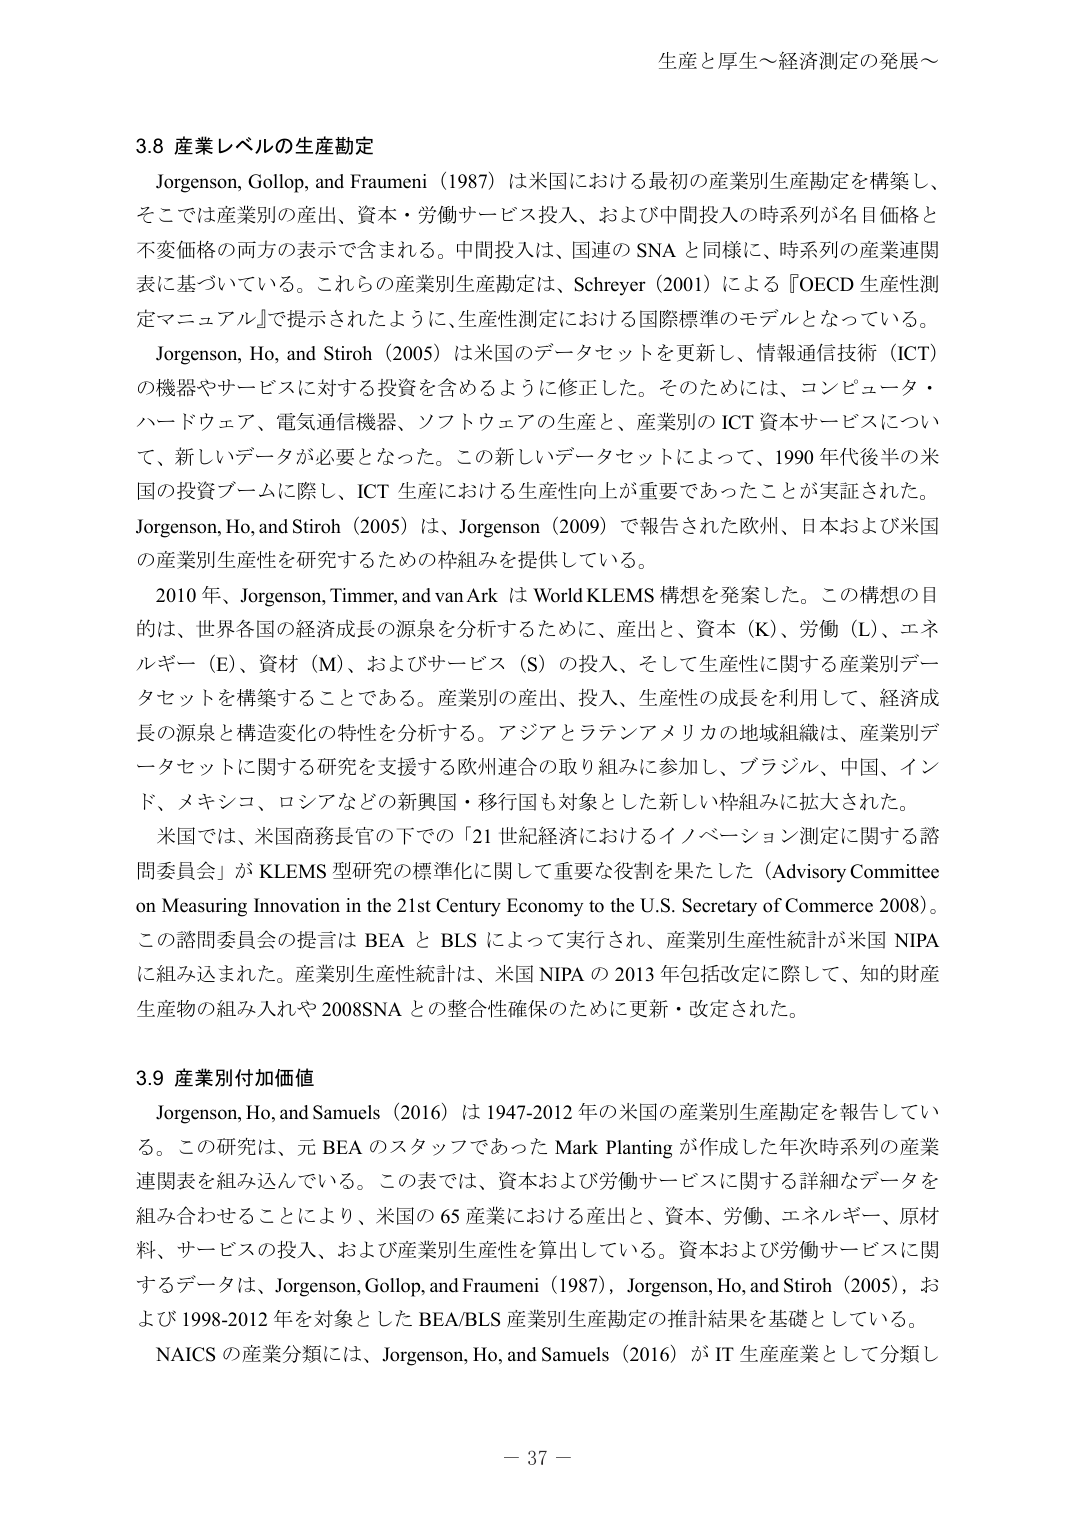
生産と厚生～経済測定の発展～

3.8 産業レベルの生産勘定

Jorgenson, Gollop, and Fraumeni (1987) は米国における最初の産業別生産勘定を構築し、
そこでは産業別の産出、資本・労働サービス投入、および中間投入の時系列が名目価格と
不変価格の両方の表示で含まれる。中間投入は、国連の SNA と同様に、時系列の産業連関
表に基づいている。これらの産業別生産勘定は、Schreyer (2001) による『OECD 生産性測
定マニュアル』で提示されたように、生産性測定における国際標準のモデルとなっている。

Jorgenson, Ho, and Stiroh (2005) は米国のデータセットを更新し、情報通信技術 (ICT)
の機器やサービスに対する投資を含めるように修正した。そのためには、コンピュータ・
ハードウェア、電気通信機器、ソフトウェアの生産と、産業別の ICT 資本サービスについ
て、新しいデータが必要となった。この新しいデータセットによって、1990 年代後半の米
国の投資ブームに際し、ICT 生産における生産性向上が重要であったことが実証された。
Jorgenson, Ho, and Stiroh (2005) は、Jorgenson (2009) で報告された欧州、日本および米国
の産業別生産性を研究するための枠組みを提供している。

2010 年、Jorgenson, Timmer, and van Ark は World KLEMS 構想を発案した。この構想の目
的は、世界各国の経済成長の源泉を分析するために、産出と、資本 (K)、労働 (L)、エネ
ルギー (E)、資材 (M)、およびサービス (S) の投入、そして生産性に関する産業別デー
タセットを構築することである。産業別の産出、投入、生産性の成長を利用して、経済成
長の源泉と構造変化の特性を分析する。アジアとラテンアメリカの地域組織は、産業別デ
ータセットに関する研究を支援する欧州連合の取り組みに参加し、ブラジル、中国、イン
ド、メキシコ、ロシアなどの新興国・移行国も対象とした新しい枠組みに拡大された。

米国では、米国商務長官の下での「21 世紀経済におけるイノベーション測定に関する諮
問委員会」が KLEMS 型研究の標準化に関して重要な役割を果たした (Advisory Committee
on Measuring Innovation in the 21st Century Economy to the U.S. Secretary of Commerce 2008)。
この諮問委員会の提言は BEA と BLS によって実行され、産業別生産性統計が米国 NIPA
に組み込まれた。産業別生産性統計は、米国 NIPA の 2013 年包括改定に際して、知的財産
生産物の組み入れや 2008SNA との整合性確保のために更新・改定された。

3.9 産業別付加価値

Jorgenson, Ho, and Samuels (2016) は 1947-2012 年の米国の産業別生産勘定を報告してい
る。この研究は、元 BEA のスタッフであった Mark Planting が作成した年次時系列の産業
連関表を組み込んでいる。この表では、資本および労働サービスに関する詳細なデータを
組み合わせることにより、米国の 65 産業における産出と、資本、労働、エネルギー、原材料、
サービスの投入、および産業別生産性を算出している。資本および労働サービスに関
するデータは、Jorgenson, Gollop, and Fraumeni (1987), Jorgenson, Ho, and Stiroh (2005), お
よび 1998-2012 年を対象とした BEA/BLS 産業別生産勘定の推計結果を基礎としている。

NAICS の産業分類には、Jorgenson, Ho, and Samuels (2016) が IT 生産産業として分類し

－ 37 －